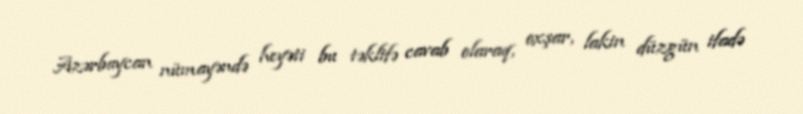
Azərbaycan nümayəndə heyəti bu təklifə cavab olaraq, oxşar, lakin düzgün ifadə